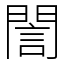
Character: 誾